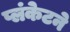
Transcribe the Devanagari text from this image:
प्लंकेटने